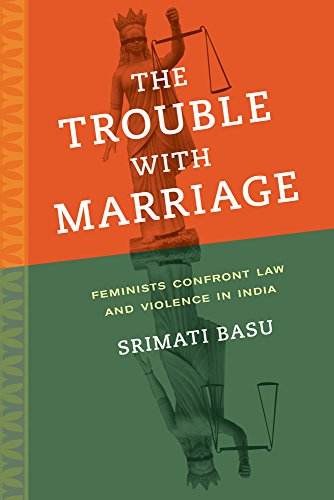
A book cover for The Trouble with Marriage: Feminists Confront Law and Violence in India (Gender and Justice); Srimati Basu; Law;